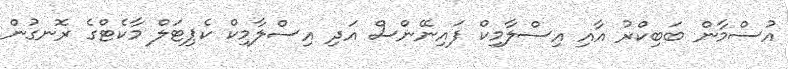
އުސްމާން ބަބިކްރު އާއި އިސްލާމިކް ފައިނޭންސް އަދި އިސްލާމިކް ކެޕިޓަލް މާކެޓްގެ ރޮނގުން